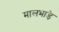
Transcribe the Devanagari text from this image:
मालभाड़े